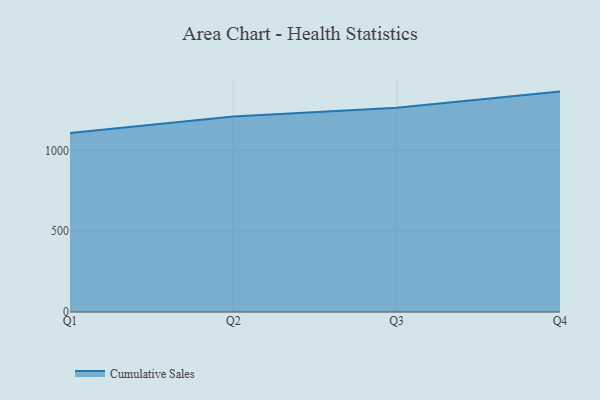
{"axis": {"x": "Quarter", "y": "Waste Production (Tons)"}, "legend": ["Cumulative Sales"], "data": [{"x": "Q1", "y": 1108.5, "type": "Cumulative Sales"}, {"x": "Q2", "y": 1210.4, "type": "Cumulative Sales"}, {"x": "Q3", "y": 1264.8, "type": "Cumulative Sales"}, {"x": "Q4", "y": 1364.5, "type": "Cumulative Sales"}]}